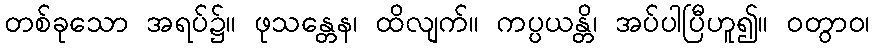
တစ်ခုသော အရပ်၌။ ဖုသန္တေန၊ ထိလျက်။ ကပ္ပယန္တိ၊ အပ်ပါပြီဟူ၍။ ဝတွာဝ၊